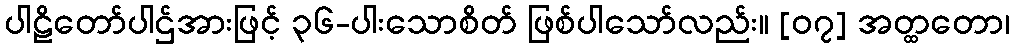
ပါဠိတော်ပါဌ်အားဖြင့် ၃၆-ပါးသောစိတ် ဖြစ်ပါသော်လည်း။ [၀၇] အတ္ထတော၊